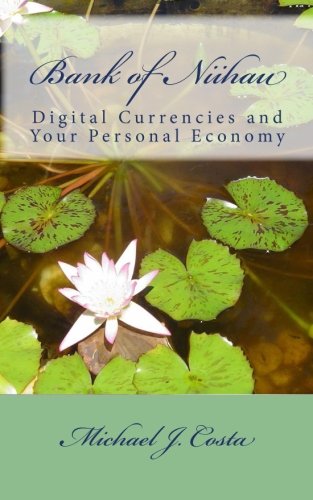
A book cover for Bank of Niihau: Digital Currencies and Your Personal Economy; Michael J. Costa; Computers & Technology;